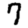
Digit: 7